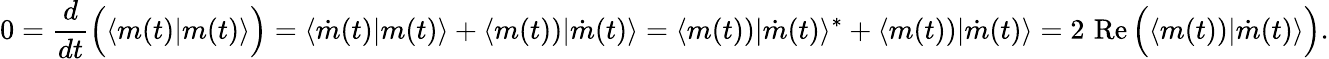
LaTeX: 0={\frac{d}{dt}}{\Bigl(}\langle m(t)|m(t)\rangle{\Bigr)}=\langle{\dot{m}}(t)|m(t)\rangle+\langle m(t))|{\dot{m}}(t)\rangle=\langle m(t))|{\dot{m}}(t)\rangle^{*}+\langle m(t))|{\dot{m}}(t)\rangle=2\, \operatorname{Re}{\Bigl(}\langle m(t))|{\dot{m}}(t)\rangle{\Bigr)}.